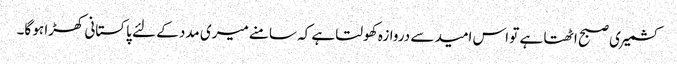
کشمیری صبح اٹھتا ہے تو اس امید سے دروازہ کھولتا ہے کہ سامنے میری مدد کے لئے پاکستانی کھڑا ہو گا۔